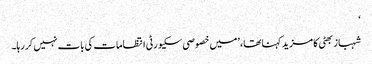
‘
شہباز بھٹی کا مزید کہنا تھا، ’میں خصوصی سکیورٹی انتظامات کی بات نہیں کر رہا۔